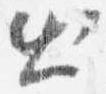
出